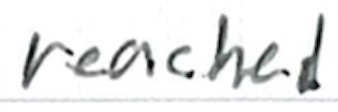
Text: reached
Cross-out: clean
Writing tool: ballpoint